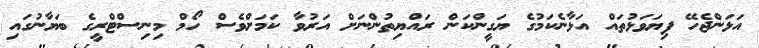
އަޅަންޖެހޭ ފިޔަވަޅުތައް އަޅާނެކަމުގެ ޔަގީންކަން ރައްޔިތުންނަށް އަރުވާ ކަމަށްވެސް ހޯމް މިނިސްޓްރީގެ ބަޔާނުގައި